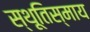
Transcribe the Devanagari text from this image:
स्थूतिस्माय